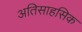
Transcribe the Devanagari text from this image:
अतिसाहसिक